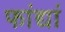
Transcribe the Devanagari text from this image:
फांद्यां